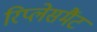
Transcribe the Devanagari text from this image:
रिप्लेसमैंट